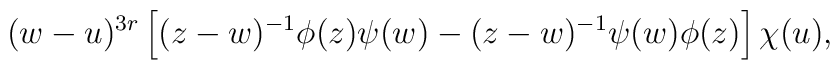
(w-u)^{3r} \left[ (z-w)^{-1} \phi(z) \psi(w) - (z-w)^{-1} \psi(w)\phi(z) \right] \chi(u),